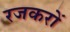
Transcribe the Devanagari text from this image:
रजकरों